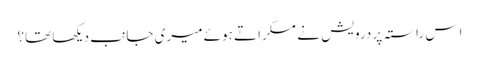
اِس راستہ پر درویش نے مسکراتے ہوئے میری جانب دیکھا تھا؟